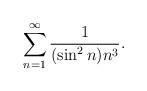
LaTeX: \begin{align*}\sum \limits_{n=1}^{\infty}\frac{1}{(\sin^2n) n^3}.\end{align*}